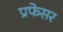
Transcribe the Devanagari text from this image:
प्रफेसर